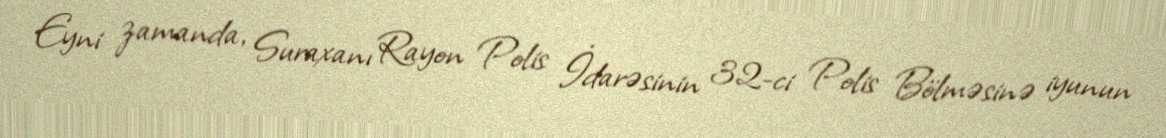
Eyni zamanda, Suraxanı Rayon Polis İdarəsinin 32-ci Polis Bölməsinə iyunun